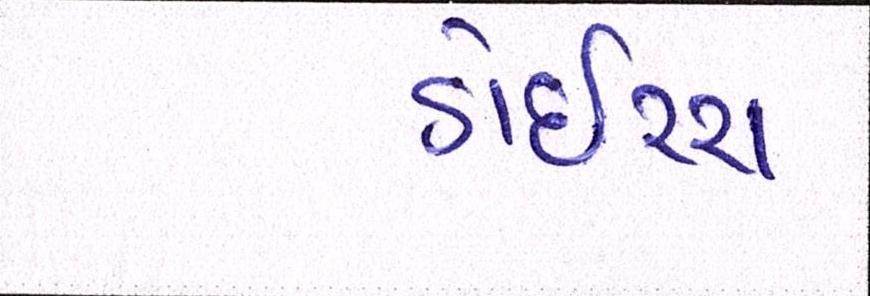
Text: ડોઇચ્ચ